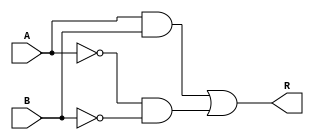
// Created by Jeevaka Dassanayake on 4/10/18.
//   Copyright (c) 2018 Jeevaka Dassanayake.

`timescale 1ns / 1ps

//////////////////////////////////////////////////////////////////////////////////
module Eq2Bit( input wire A, input wire B, output wire R );

	assign both = A & B;
	assign neither = ~A & ~B;
	assign R = both | neither;

endmodule